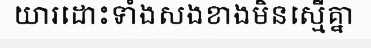
យារដោះទាំងសងខាងមិនស្មើគ្នា